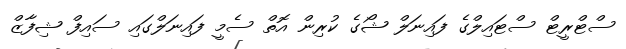
ސްޓްރީޓް ސްޓައިލްގެ ފައިނަލް ޝޯގެ ކުރިން އޮތް ސެމީ ފައިނަލްގައި ސައިފް ޝިފާޒް